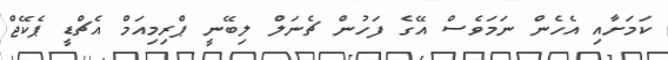
ކަމަށާއި އެހެން ނަމަވެސް އޭގެ ފަހުން ޗެނަލް ލިބޭނީ ޕްރިމިއަމް އެޗްޑީ ޕެކޭޖް